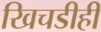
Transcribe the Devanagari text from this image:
खिचडीही